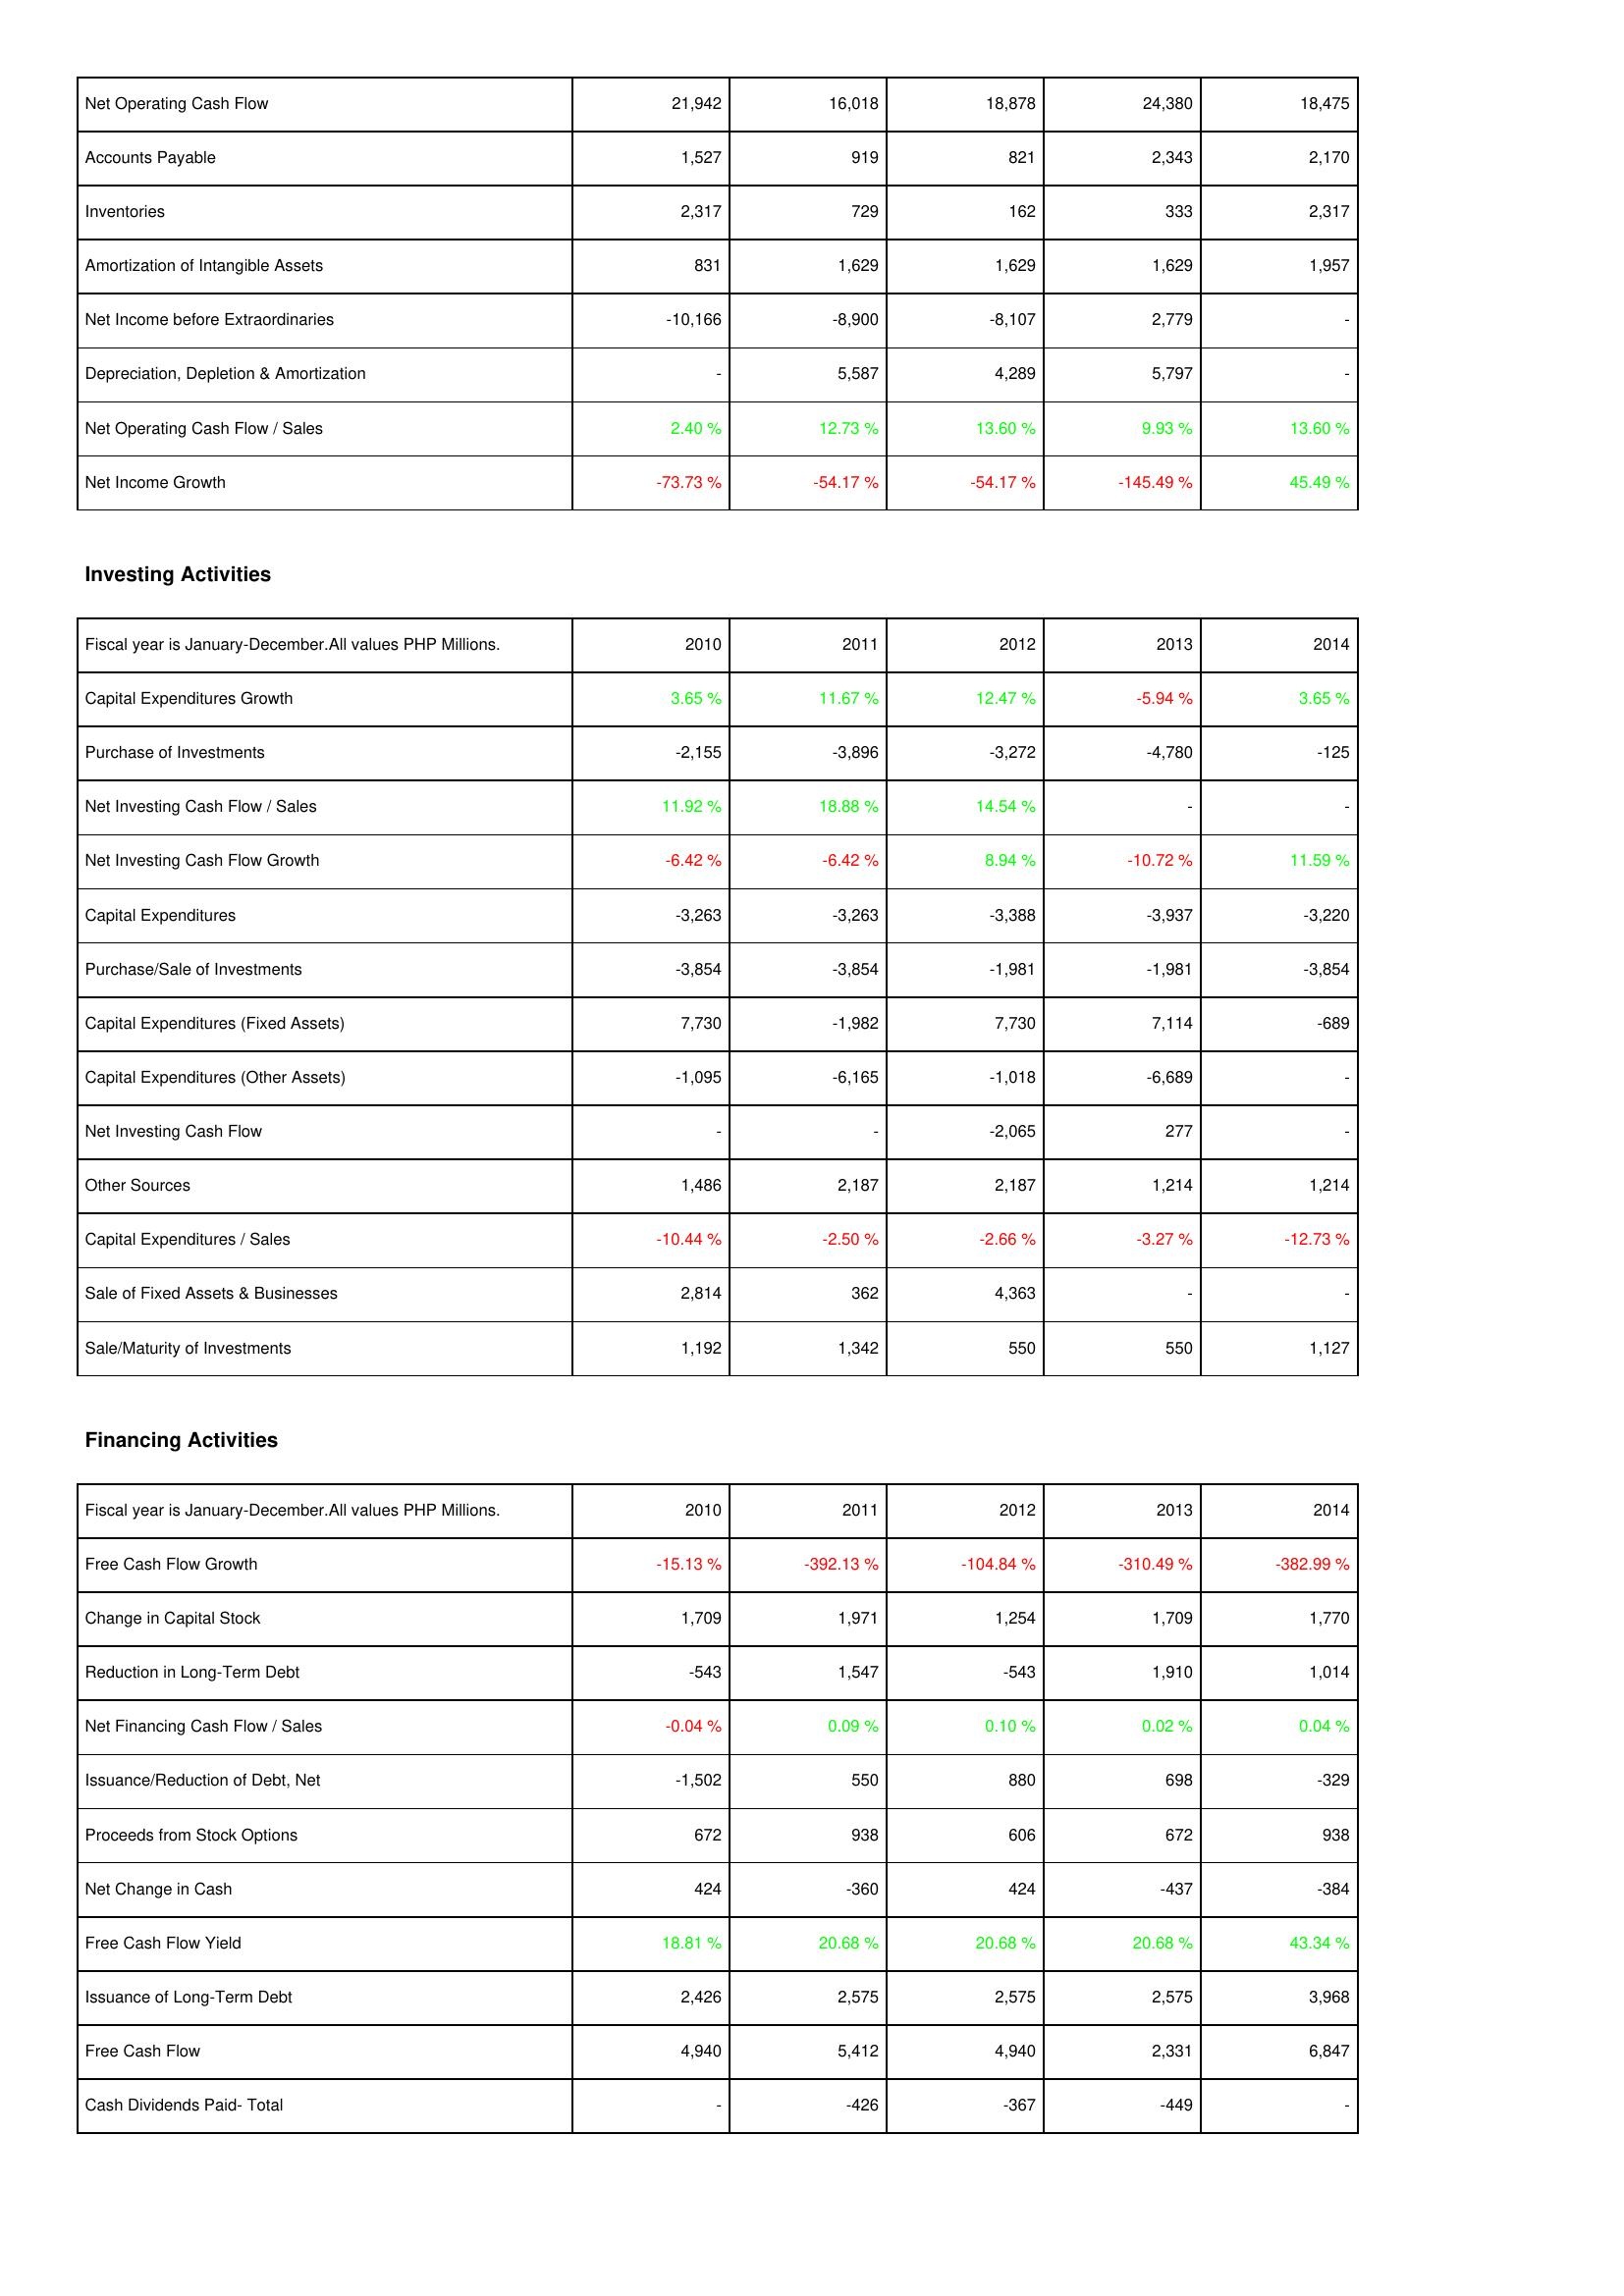
2010: Operating Activities: Net Operating Cash Flow: 21,942
Accounts Payable: 1,527
Inventories: 2,317
Amortization of Intangible Assets: 831
Net Income before Extraordinaries: -10,166
Depreciation, Depletion & Amortization: -
Net Operating Cash Flow / Sales: 2.40 %
Net Income Growth: -73.73 %
Investing Activities: Capital Expenditures Growth: 3.65 %
Purchase of Investments: -2,155
Net Investing Cash Flow / Sales: 11.92 %
Net Investing Cash Flow Growth: -6.42 %
Capital Expenditures: -3,263
Purchase/Sale of Investments: -3,854
Capital Expenditures (Fixed Assets): 7,730
Capital Expenditures (Other Assets): -1,095
Net Investing Cash Flow: -
Other Sources: 1,486
Capital Expenditures / Sales: -10.44 %
Sale of Fixed Assets & Businesses: 2,814
Sale/Maturity of Investments: 1,192
Financing Activities: Free Cash Flow Growth: -15.13 %
Change in Capital Stock: 1,709
Reduction in Long-Term Debt: -543
Net Financing Cash Flow / Sales: -0.04 %
Issuance/Reduction of Debt, Net: -1,502
Proceeds from Stock Options: 672
Net Change in Cash: 424
Free Cash Flow Yield: 18.81 %
Issuance of Long-Term Debt: 2,426
Free Cash Flow: 4,940
Cash Dividends Paid- Total: -
2011: Operating Activities: Net Operating Cash Flow: 16,018
Accounts Payable: 919
Inventories: 729
Amortization of Intangible Assets: 1,629
Net Income before Extraordinaries: -8,900
Depreciation, Depletion & Amortization: 5,587
Net Operating Cash Flow / Sales: 12.73 %
Net Income Growth: -54.17 %
Investing Activities: Capital Expenditures Growth: 11.67 %
Purchase of Investments: -3,896
Net Investing Cash Flow / Sales: 18.88 %
Net Investing Cash Flow Growth: -6.42 %
Capital Expenditures: -3,263
Purchase/Sale of Investments: -3,854
Capital Expenditures (Fixed Assets): -1,982
Capital Expenditures (Other Assets): -6,165
Net Investing Cash Flow: -
Other Sources: 2,187
Capital Expenditures / Sales: -2.50 %
Sale of Fixed Assets & Businesses: 362
Sale/Maturity of Investments: 1,342
Financing Activities: Free Cash Flow Growth: -392.13 %
Change in Capital Stock: 1,971
Reduction in Long-Term Debt: 1,547
Net Financing Cash Flow / Sales: 0.09 %
Issuance/Reduction of Debt, Net: 550
Proceeds from Stock Options: 938
Net Change in Cash: -360
Free Cash Flow Yield: 20.68 %
Issuance of Long-Term Debt: 2,575
Free Cash Flow: 5,412
Cash Dividends Paid- Total: -426
2012: Operating Activities: Net Operating Cash Flow: 18,878
Accounts Payable: 821
Inventories: 162
Amortization of Intangible Assets: 1,629
Net Income before Extraordinaries: -8,107
Depreciation, Depletion & Amortization: 4,289
Net Operating Cash Flow / Sales: 13.60 %
Net Income Growth: -54.17 %
Investing Activities: Capital Expenditures Growth: 12.47 %
Purchase of Investments: -3,272
Net Investing Cash Flow / Sales: 14.54 %
Net Investing Cash Flow Growth: 8.94 %
Capital Expenditures: -3,388
Purchase/Sale of Investments: -1,981
Capital Expenditures (Fixed Assets): 7,730
Capital Expenditures (Other Assets): -1,018
Net Investing Cash Flow: -2,065
Other Sources: 2,187
Capital Expenditures / Sales: -2.66 %
Sale of Fixed Assets & Businesses: 4,363
Sale/Maturity of Investments: 550
Financing Activities: Free Cash Flow Growth: -104.84 %
Change in Capital Stock: 1,254
Reduction in Long-Term Debt: -543
Net Financing Cash Flow / Sales: 0.10 %
Issuance/Reduction of Debt, Net: 880
Proceeds from Stock Options: 606
Net Change in Cash: 424
Free Cash Flow Yield: 20.68 %
Issuance of Long-Term Debt: 2,575
Free Cash Flow: 4,940
Cash Dividends Paid- Total: -367
2013: Operating Activities: Net Operating Cash Flow: 24,380
Accounts Payable: 2,343
Inventories: 333
Amortization of Intangible Assets: 1,629
Net Income before Extraordinaries: 2,779
Depreciation, Depletion & Amortization: 5,797
Net Operating Cash Flow / Sales: 9.93 %
Net Income Growth: -145.49 %
Investing Activities: Capital Expenditures Growth: -5.94 %
Purchase of Investments: -4,780
Net Investing Cash Flow / Sales: -
Net Investing Cash Flow Growth: -10.72 %
Capital Expenditures: -3,937
Purchase/Sale of Investments: -1,981
Capital Expenditures (Fixed Assets): 7,114
Capital Expenditures (Other Assets): -6,689
Net Investing Cash Flow: 277
Other Sources: 1,214
Capital Expenditures / Sales: -3.27 %
Sale of Fixed Assets & Businesses: -
Sale/Maturity of Investments: 550
Financing Activities: Free Cash Flow Growth: -310.49 %
Change in Capital Stock: 1,709
Reduction in Long-Term Debt: 1,910
Net Financing Cash Flow / Sales: 0.02 %
Issuance/Reduction of Debt, Net: 698
Proceeds from Stock Options: 672
Net Change in Cash: -437
Free Cash Flow Yield: 20.68 %
Issuance of Long-Term Debt: 2,575
Free Cash Flow: 2,331
Cash Dividends Paid- Total: -449
2014: Operating Activities: Net Operating Cash Flow: 18,475
Accounts Payable: 2,170
Inventories: 2,317
Amortization of Intangible Assets: 1,957
Net Income before Extraordinaries: -
Depreciation, Depletion & Amortization: -
Net Operating Cash Flow / Sales: 13.60 %
Net Income Growth: 45.49 %
Investing Activities: Capital Expenditures Growth: 3.65 %
Purchase of Investments: -125
Net Investing Cash Flow / Sales: -
Net Investing Cash Flow Growth: 11.59 %
Capital Expenditures: -3,220
Purchase/Sale of Investments: -3,854
Capital Expenditures (Fixed Assets): -689
Capital Expenditures (Other Assets): -
Net Investing Cash Flow: -
Other Sources: 1,214
Capital Expenditures / Sales: -12.73 %
Sale of Fixed Assets & Businesses: -
Sale/Maturity of Investments: 1,127
Financing Activities: Free Cash Flow Growth: -382.99 %
Change in Capital Stock: 1,770
Reduction in Long-Term Debt: 1,014
Net Financing Cash Flow / Sales: 0.04 %
Issuance/Reduction of Debt, Net: -329
Proceeds from Stock Options: 938
Net Change in Cash: -384
Free Cash Flow Yield: 43.34 %
Issuance of Long-Term Debt: 3,968
Free Cash Flow: 6,847
Cash Dividends Paid- Total: -